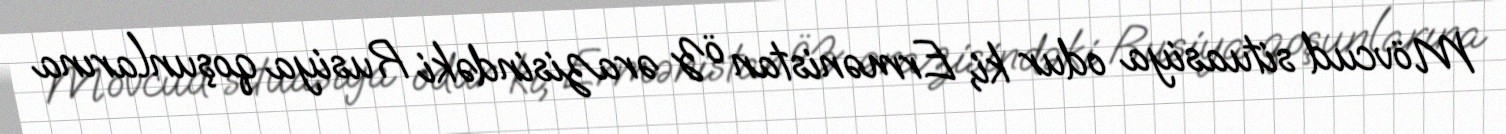
Mövcud situasiya odur ki, Ermənistan öz ərazisindəki Rusiya qoşunlarına